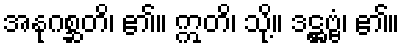
အနုဂစ္ဆတိ၊ ၏။ ဣတိ၊ သို့။ ဒဋ္ဌဗ္ဗံ၊ ၏။